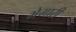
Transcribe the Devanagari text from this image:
भेगारी